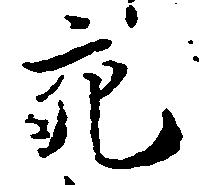
充